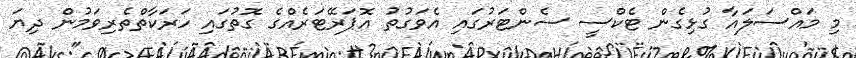
މި މައްސަލައާ ގުޅިގެން ޓެކްސީ ސެންޓަރުގައި އެވަގުތު އޮޕަރޭޓަރެއްގެ ގޮތުގައި ހަރަކާތްތެރިވަމުން ދިޔަ